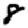
Digit: 8